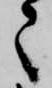
々